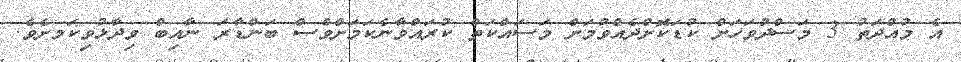
އެ މުއްދަތު 3 މަސްދުވަހަށް ކުޑަކޮށްދެއްވުމަށް މަސައްކަތް ކުރައްވާނެކަމަށްވެސް ބަންޑާރަ ނާއިބް ވިދާޅުވިކަމށެވެ.